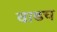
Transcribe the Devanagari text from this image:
वाढच